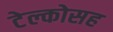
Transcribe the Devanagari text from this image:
टेल्कोसह